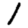
Digit: 1